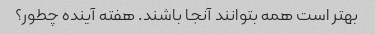
بهتر است همه بتوانند آنجا باشند. هفته آینده چطور؟